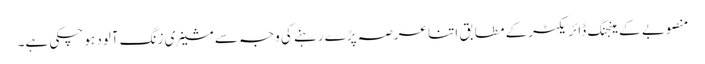
منصوبے کے مینجنگ ڈائریکٹرکے مطابق اتنا عرصہ پڑے رہنے کی وجہ سے مشینری زنگ آلود ہو چکی ہے۔